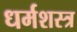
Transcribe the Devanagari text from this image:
धर्मशस्त्र